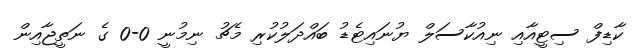
ކާޑިފް ސިޓީއާއި ނިއުކާސަލް ޔުނައިޓެޑު ބައްދަލުކުރި މެޗު ނިމުނީ 0-0 ގެ ނަތީޖާއިން